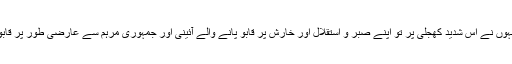
کیوں کہ انہوں نے اس شدید کھجلی پر تو اپنے صبر و استقلال اور خارش پر قابو پانے والے آئینی اور جمہوری مرہم سے عارضی طور پر قابو پا لیا تھا۔